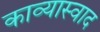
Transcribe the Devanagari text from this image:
काव्यास्वाद